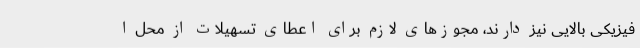
فیزیکی بالایی نیز دارند، مجوزهای لازم برای اعطای تسهیلات از محل ا